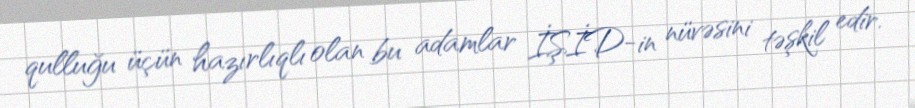
qulluğu üçün hazırlıqlı olan bu adamlar İŞİD-in nüvəsini təşkil edir.